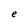
Character: e